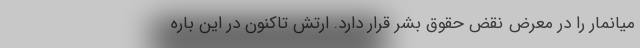
میانمار را در معرض نقض حقوق بشر قرار دارد. ارتش تاکنون در این باره